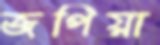
জপিয়া